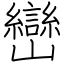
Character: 巒